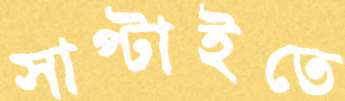
সাপ্‌টাইতে